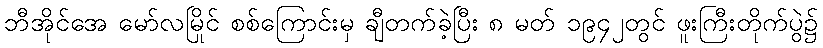
ဘီအိုင်အေ မော်လမြိုင် စစ်ကြောင်းမှ ချီတက်ခဲ့ပြီး ၈ မတ် ၁၉၄၂တွင် ဖူးကြီးတိုက်ပွဲ၌